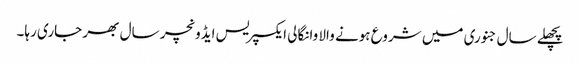
پچھلے سال جنوری میں شروع ہونے والا وانگالی ایکسپریس ایڈونچر سال بھر جاری رہا۔